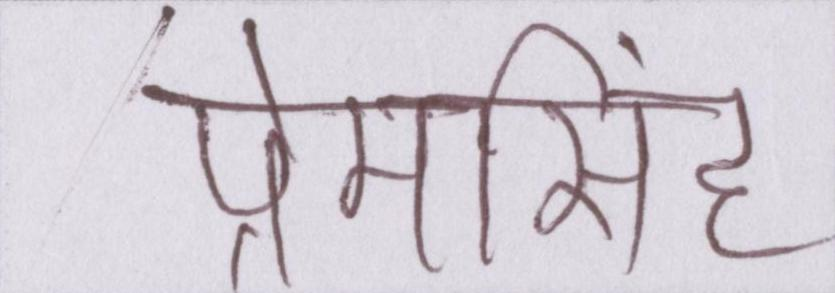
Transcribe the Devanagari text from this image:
प्रेमसिंह